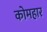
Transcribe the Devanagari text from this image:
कोमहार